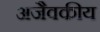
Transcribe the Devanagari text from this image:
अजैवकीय